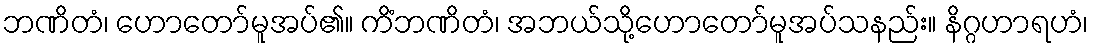
ဘဏိတံ၊ ဟောတော်မူအပ်၏။ ကိံဘဏိတံ၊ အဘယ်သို့ဟောတော်မူအပ်သနည်း။ နိဂ္ဂဟာရဟံ၊